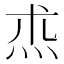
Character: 𤇍